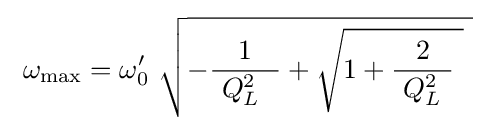
\ \omega _{\mathrm {max} }=\omega '_{0}\ {\sqrt {-{\frac {1}{\ Q_{L}^{2}\ ~}}+{\sqrt {1+{\frac {2}{\ Q_{L}^{2}\ }}~}}~}}\